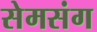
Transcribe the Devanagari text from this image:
सेमसंग